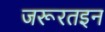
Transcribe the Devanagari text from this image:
जरूरतइन